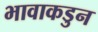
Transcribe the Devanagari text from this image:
भावाकडुन